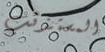
المستذئب